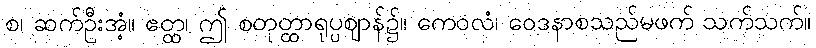
စ၊ ဆက်ဦးအံ့။ ဧတ္ထ၊ ဤ စတုတ္ထာရုပ္ပဈာန်၌။ ကေဝလံ၊ ဝေဒနာစသည်မဖက် သက်သက်။